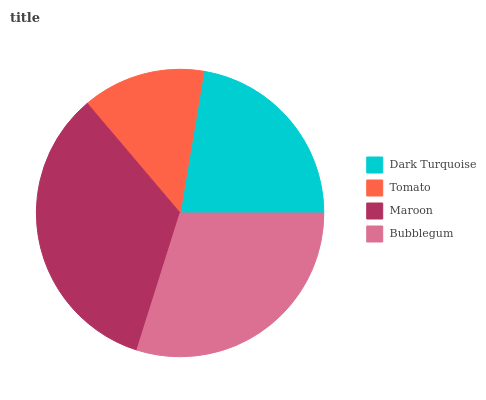
| Dark Turquoise | Tomato | Maroon | Bubblegum |
 | --- | --- | --- | --- |
 | 22.3% | 13.8% | 33.9% | 29.9% |